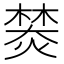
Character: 𤍾